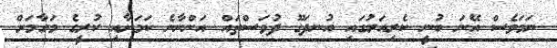
ނަމަވެސް އޭނަ ބުނީ ކެރިއަރުގައި އުނދަގޫ ދުވަސްތައް އަންނާނެ ކަމަށާއި ކުރީގެ މަގާމަށް